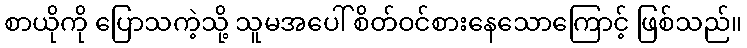
စာယိုကို ပြောသကဲ့သို့ သူမအပေါ် စိတ်ဝင်စားနေသောကြောင့် ဖြစ်သည်။